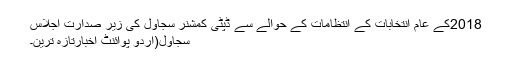
2018کے عام انتخابات کے انتظامات کے حوالے سے ڈپٹی کمشنر سجاول کی زیر صدارت اجلاس
سجاول(اُردو پوائنٹ اخبارتازہ ترین۔